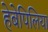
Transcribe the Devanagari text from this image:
हेबेपिलिया